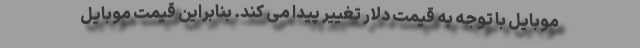
موبایل با توجه به قیمت دلار تغییر پیدا می کند. بنابراین قیمت موبایل